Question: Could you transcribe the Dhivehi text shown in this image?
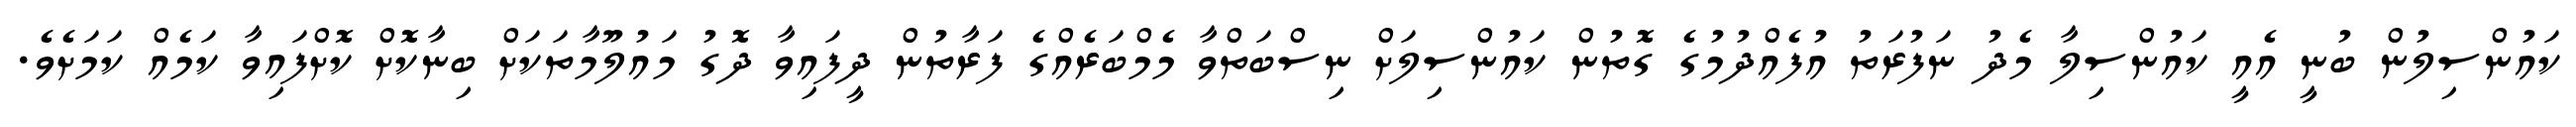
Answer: ކައުންސިލުން ބުނީ އެއީ ކައުންސިލާ މެދު ނަފުރަތު އުފެއްދުމުގެ ގޮތުން ކައުންސިލަށް ނިސްބަތްވާ މެމްބަރެއްގެ ފަރާތުން ދީފައިވާ ދޮގު މައުލޫމާތަކަށް ބިނާކޮށް ކޮށްފައިވާ ކަމެއް ކަމަށެވެ.